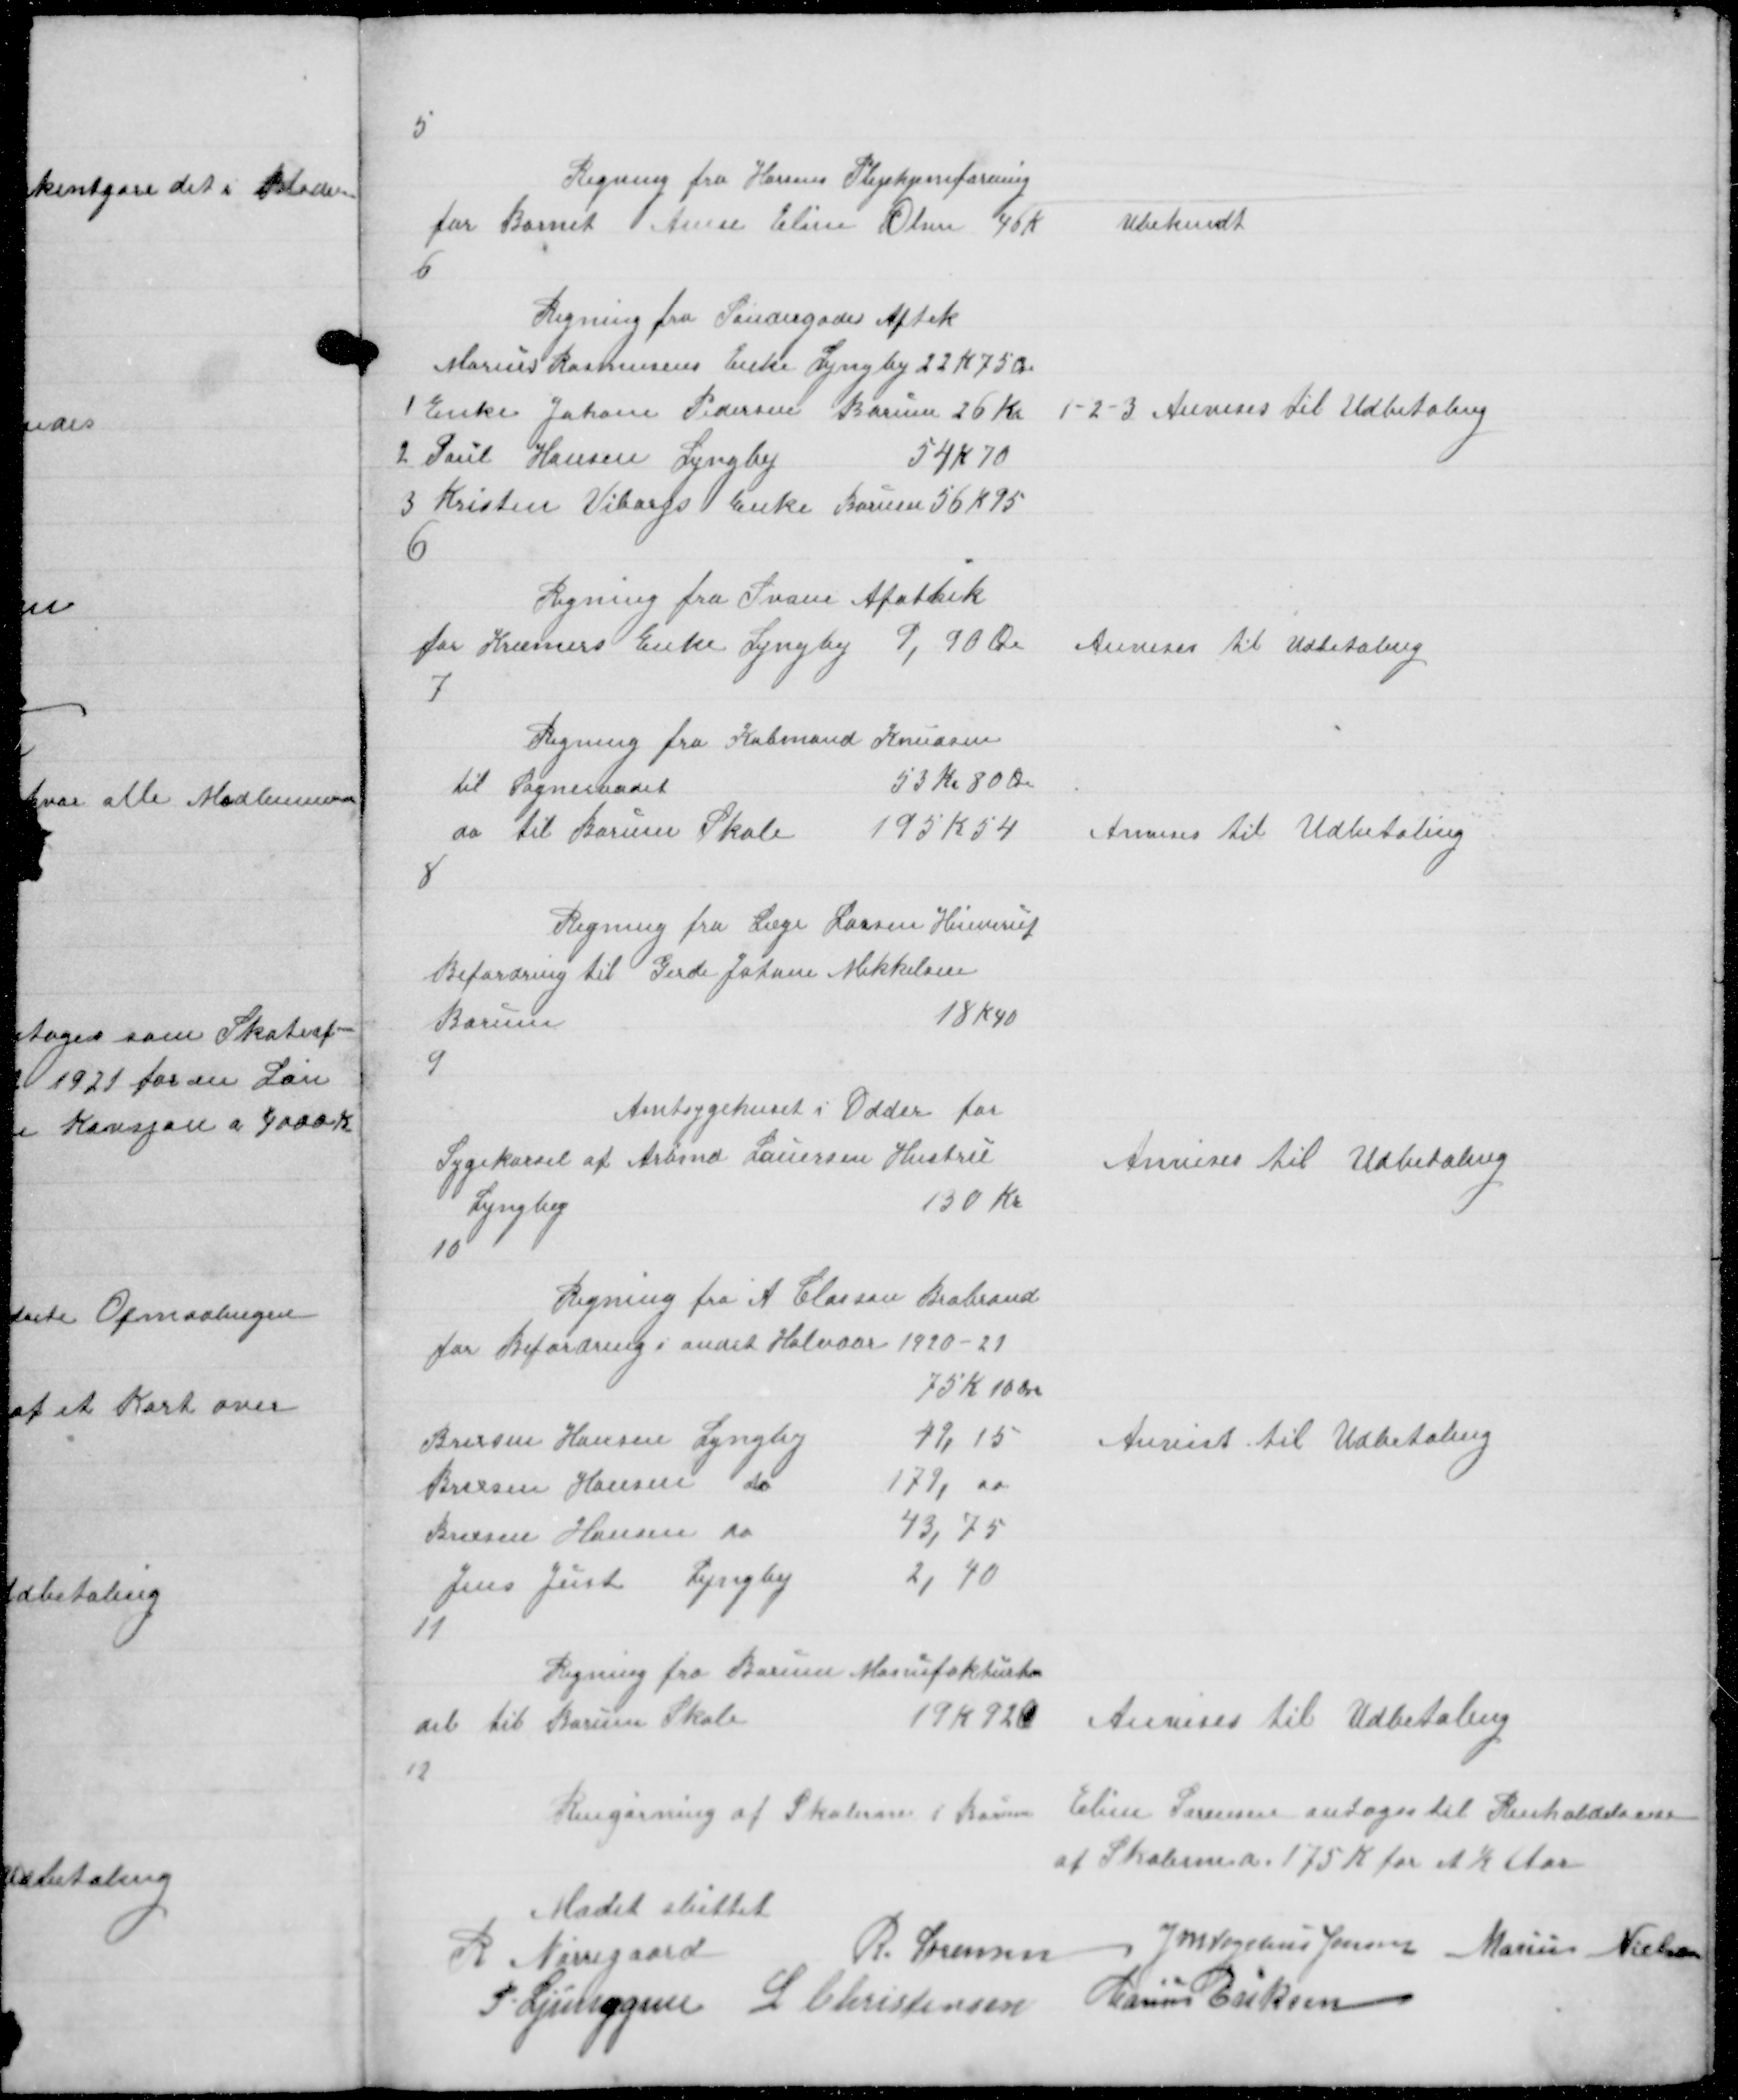
Transskription:
5

Regning fra Horsens Plejehjemforening
for Barnet Anne Eline Olsen  46 K

Ubekendt

6

Regning fra Søndergades Aptek
Marius Rasmussens Enke Lyngby 22 K 75 Ø.
1 Enke Johane Pedersen Borum 26 Kr
2 Poul Hansen Lyngby
54 K 70
3 Kristen Viborgs Enke Borum 56 K 95

1-2-3 Anvises til Udbetaling

6

Regning fra Svane Apothek
for Kræmers Enke Lyngby 9,90 Øre

Anvises til Udbetaling

7

Regning fra Købmand Knudsen
til Sogneraadet
53 Kr 80 Ø
do til Borum Skole
195 K 54

Anvises til Udbetaling

8

Regning fra Læge Larsen Hinnerup
Befordring til Gerde Johane Mikkelsen
Borum
18 K 40

9

Amtsygehuset i Odder for
Sygekørsel af Arbmd Lauersen Hustru
Lyngby
130 Kr

Anvises til Udbetaling

10

Anvist til Udbetaling

11

Regning fra Borum Manufakturhan
del til Borum Skole
19 K 92 Ø

Anvises til Udbetaling

12

Rengørning af Skolerne i Borum

Eline Sørensen antoges til Renholdelsen
af Skolerne a 175 k for ½ Aar

Mødet sluttet
R Nørregaard
R. Sørensen J M Vogelius Jensen Marius Nielsen
P. Ljunggren L Christensen Marius Eriksen